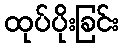
ထုပ်ပိုးခြင်း